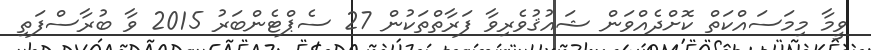
ވީމާ މިމަސައްކަތް ކޮށްދެއްވަން ޝައުޤުވެރިވާ ފަރާތްތަކުން 27 ސެޕްޓެންބަރު 2015 ވާ ބުރާސްފަތި